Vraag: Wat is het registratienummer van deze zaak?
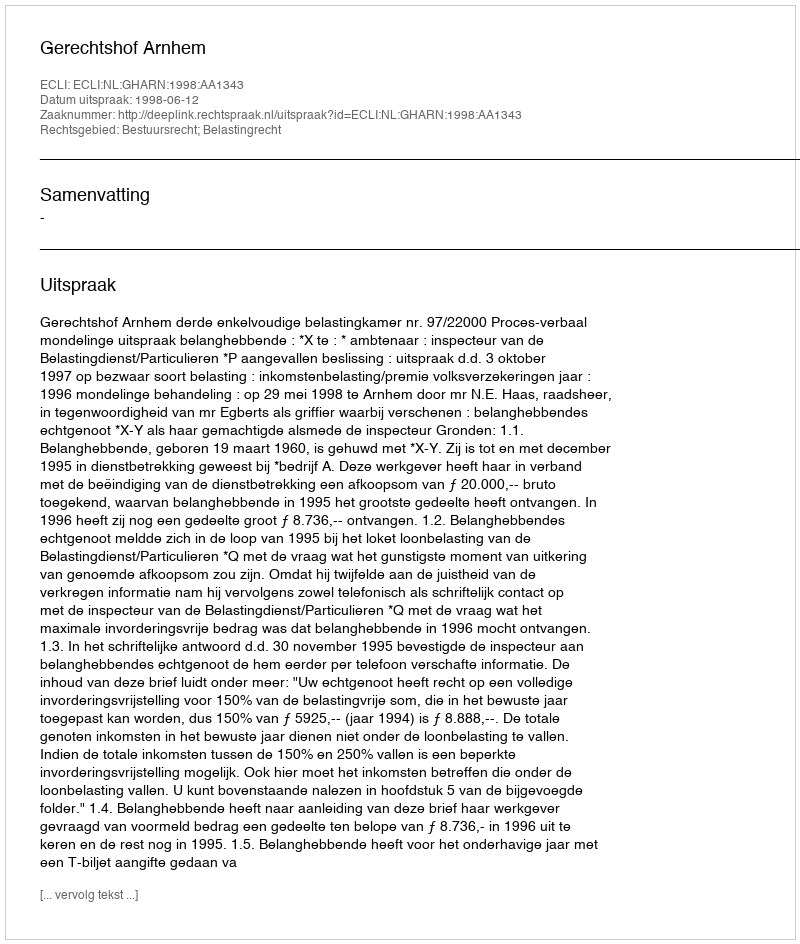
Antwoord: http://deeplink.rechtspraak.nl/uitspraak?id=ECLI:NL:GHARN:1998:AA1343